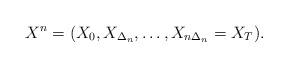
LaTeX: \begin{align*} X^n=(X_0, X_{\Delta_n},\ldots, X_{n\Delta_n}=X_T).\end{align*}